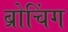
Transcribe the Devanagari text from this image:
ब्रोचिंग